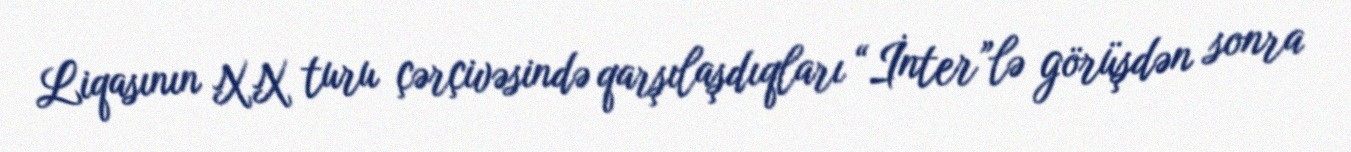
Liqasının XX turu çərçivəsində qarşılaşdıqları “İnter”lə görüşdən sonra